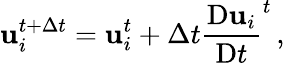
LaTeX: \mathbf{u}_{i}^{t+\Delta t}=\mathbf{u}_{i}^{t}+\Delta t\frac{\mathrm{D}\mathbf{u}_{i}}{\mathrm{D}t}^{t}\, ,